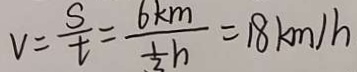
v = \frac { S } { t } = \frac { 6 k m } { \frac { 1 } { 3 } h } = 1 8 k m / h